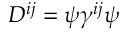
D ^ { i j } = \psi \gamma ^ { i j } \psi